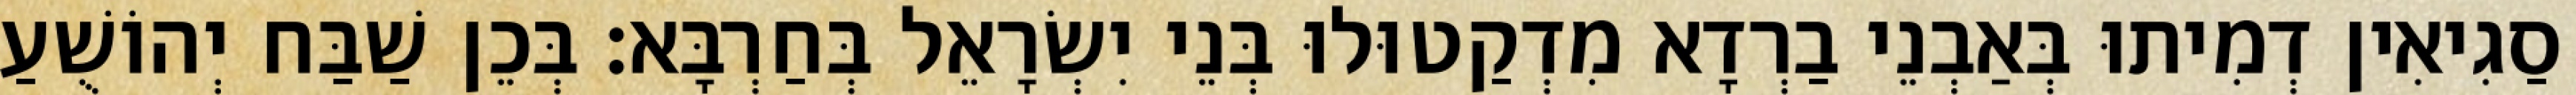
סַגִיאִין דְמִיתוּ בְּאַבְנֵי בַרְדָא מִדְקַטוּלוּ בְּנֵי יִשְׂרָאֵל בְּחַרְבָּא׃ בְּכֵן שַׁבַּח יְהוֹשֻׁעַ